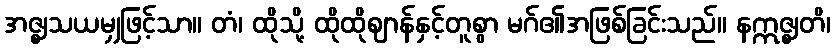
အဇ္ဈသယမျှဖြင့်သာ။ တံ၊ ထိုသို့ ထိုထိုဈာန်နှင့်တူစွာ မဂ်၏အဖြစ်ခြင်းသည်။ နဣဇ္ဈတိ၊